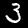
Digit: 3